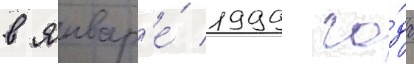
в январ'е́ 1999 го́да